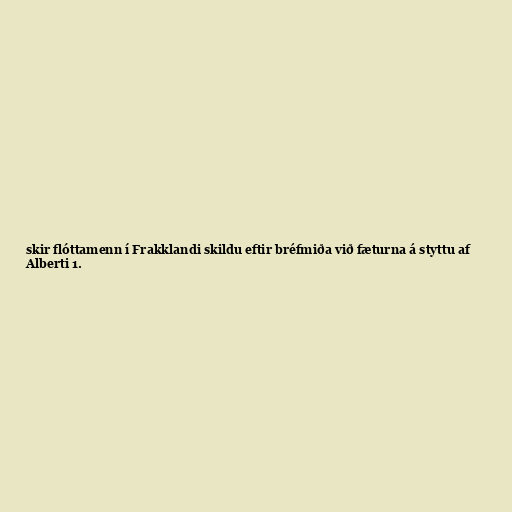
skir flóttamenn í Frakklandi skildu eftir bréfmiða við fæturna á styttu af
Alberti 1.